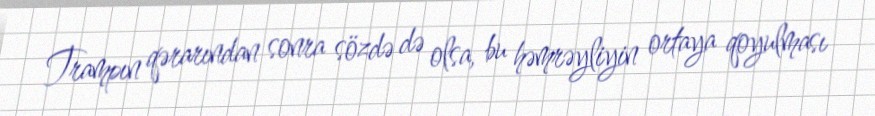
Trampın qərarından sonra sözdə də olsa, bu həmrəyliyin ortaya qoyulması